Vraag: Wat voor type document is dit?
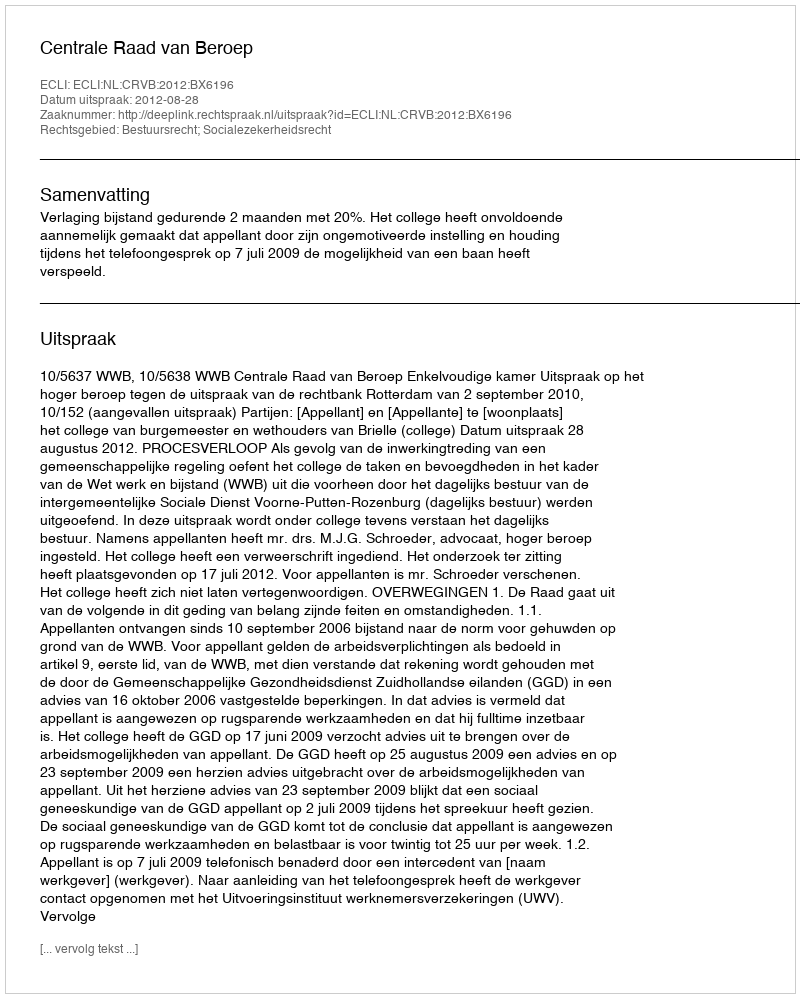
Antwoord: Uitspraak